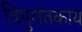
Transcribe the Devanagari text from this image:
त्रिपुरांतकाय